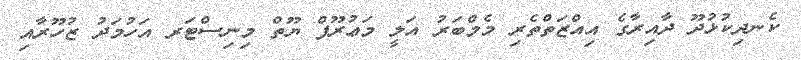
ކެނދިކުޅުދޫ ދާއިރާގެ އިއްޒަތްތެރި މެމްބަރު އަލީ މަޢުރޫފް ޔޫތް މިނިސްޓަރ އަހުމަދު ޒުހޫރާއި